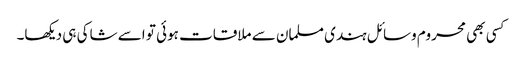
کسی بھی محروم وسائل ہندی مسلمان سے ملاقات ہوئی تو اسے شاکی ہی دیکھا۔